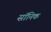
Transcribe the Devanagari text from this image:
सॉनिक